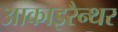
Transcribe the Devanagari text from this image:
आकाइरैन्थर